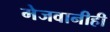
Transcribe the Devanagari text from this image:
मेजवानीही